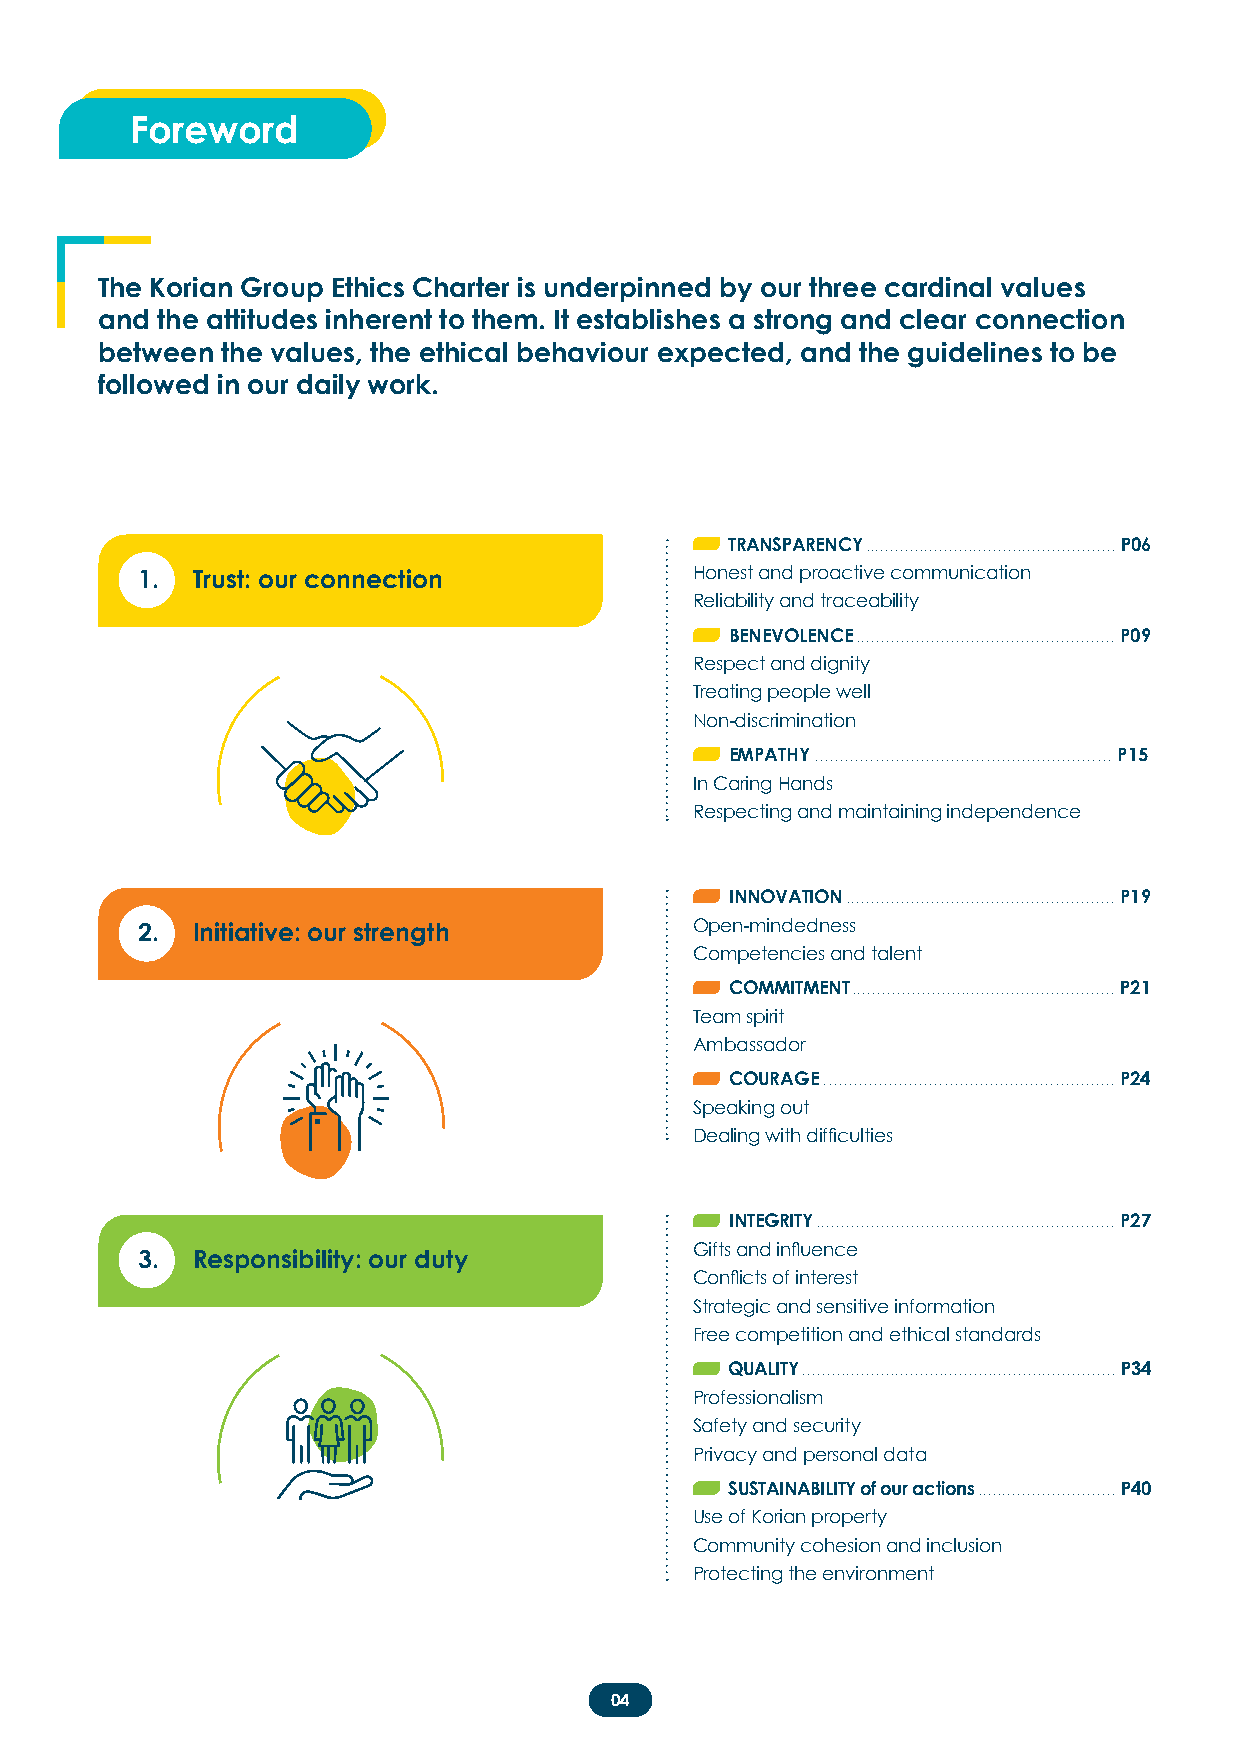
Foreword
 The Korian Group Ethics Charter is underpinned by our three cardinal values
 and the attitudes inherent to them. It establishes a strong and clear connection
 between  the values, the ethical behaviour expected, and the guidelines to be
 followed in our daily work.
 TRANSPARENCY ................................................... P06
 1.  Trust: our connection            Honest and proactive communication
 Reliability and traceability
 BENEVOLENCE .................................................... P09
 Respect and dignity
 Treating people well
 Non-discrimination
 EMPATHY ........................................................... P15
 In Caring Hands
 Respecting and maintaining independence
 INNOVATION ...................................................... P19
 2.  Initiative: our strength         Open-mindedness
 Competencies and talent
 COMMITMENT ..................................................... P21
 Team spirit
 Ambassador
 COURAGE .......................................................... P24
 Speaking out
 Dealing with difficulties
 INTEGRITY ............................................................ P27
 Gifts and influence
 3.  Responsibility: our duty
 Conflicts of interest
 Strategic and sensitive information
 Free competition and ethical standards
 QUALITY ................................................................ P34
 Professionalism
 Safety and security
 Privacy and personal data
 SUSTAINABILITY of our actions ............................ P40
 Use of Korian property
 Community cohesion and inclusion
 Protecting the environment
 04